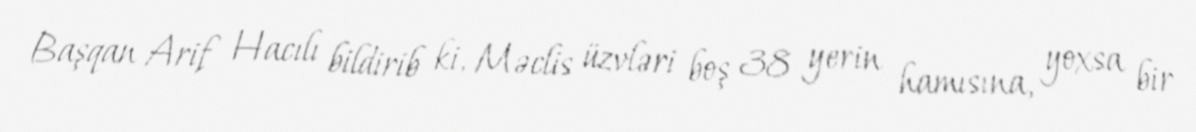
Başqan Arif Hacılı bildirib ki, Məclis üzvləri boş 38 yerin hamısına, yoxsa bir